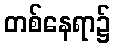
တစ်နေရာ၌